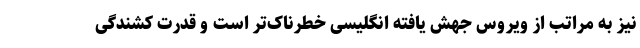
نیز به مراتب از ویروس جهش یافته انگلیسی خطرناک‌تر است و قدرت کشندگی